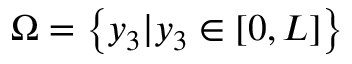
\Omega = \left\{ y _ { 3 } | y _ { 3 } \in [ 0 , L ] \right\}